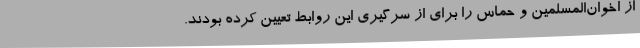
از اخوان‌المسلمین و حماس را برای از سرگیری این روابط تعیین کرده بودند.